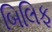
બિલિફ